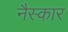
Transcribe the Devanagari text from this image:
नैस्कार